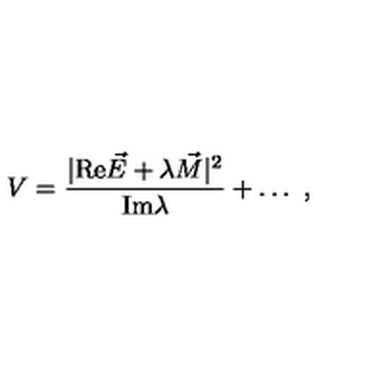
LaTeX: V = { \frac { | \mathrm { R e } \vec { E } + \lambda \vec { M } | ^ { 2 } } { \mathrm { I m } \lambda } } + \dots \ ,